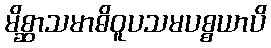
မိစ္ဆာသမာဓိဝူပသမပစ္စယာပိ